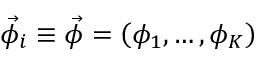
{ \vec { \phi } } _ { i } \equiv \vec { \phi } = \left( \phi _ { 1 } , \ldots , \phi _ { K } \right)